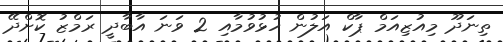
ތިނަދޫ މިއުޒިއަމް ޕާކް އަލުން ހުޅުވުމާއި 2 ވަނަ އާބާދީ ރަމްޒު ކޮށްދޭ